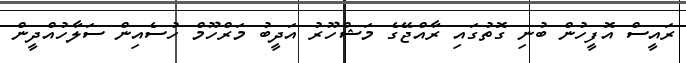
ރައީސް އޮފީހުން ބުނި ގޮތުގައި ރާއްޖޭގެ މަޝްހޫރު އަދީބު މަރްހޫމް ހުސެއިން ސަލާހުއްދީން